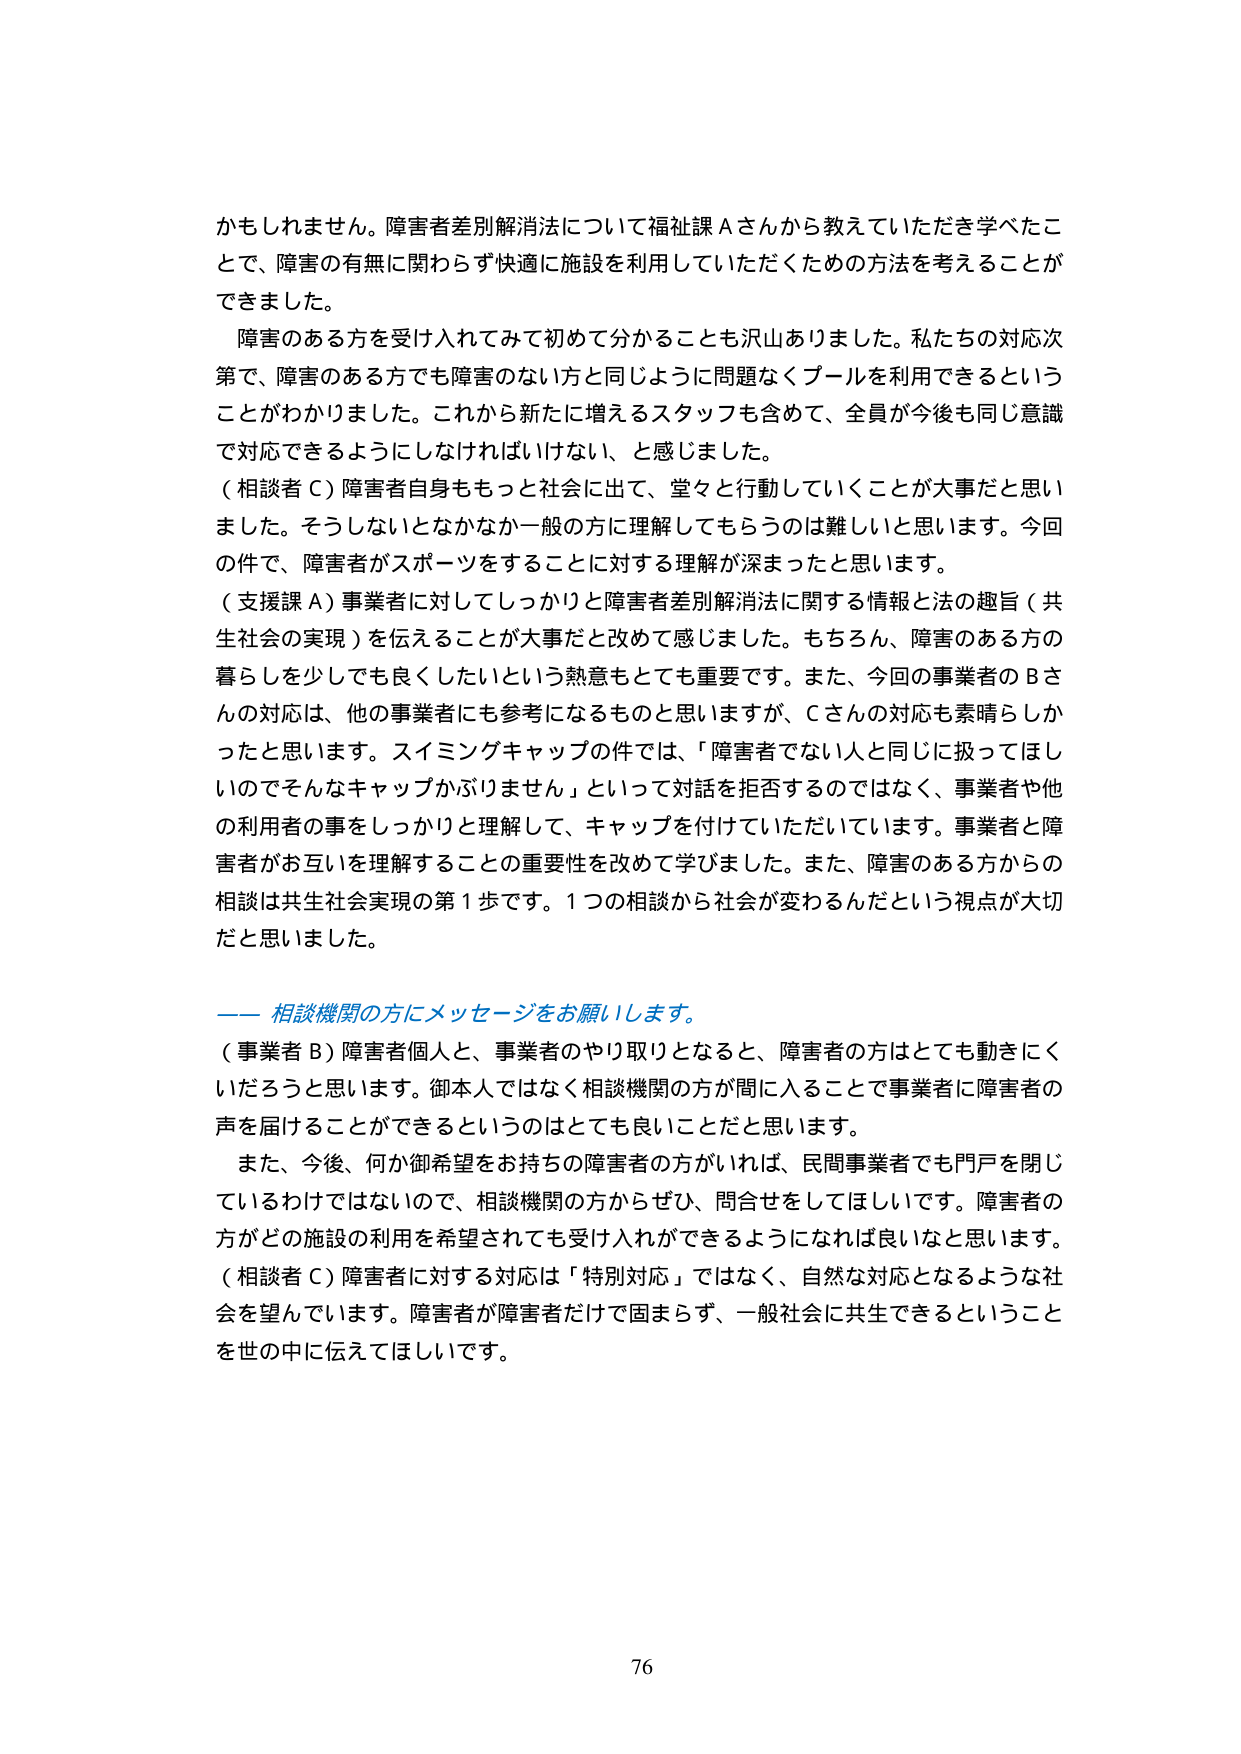
かもしれません。障害者差別解消法について福祉課Ａさんから教えていただき学べたことで、障害の有無に関わらず快適に施設を利用していただくための方法を考えることができました。

障害のある方を受け入れてみて初めて分かることも沢山ありました。私たちの対応次第で、障害のある方でも障害のない方と同じように問題なくプールを利用できるということがわかりました。これから新たに増えるスタッフも含めて、全員が今後も同じ意識で対応できるようにしなければいけない、と感じました。

（相談者Ｃ）障害者自身ももっと社会に出て、堂々と行動していくことが大事だと思いました。そうしないとなかなか一般の方に理解してもらうのは難しいと思います。今回の件で、障害者がスポーツをすることに対する理解が深まったと思います。

（支援課Ａ）事業者に対してしっかりと障害者差別解消法に関する情報と法の趣旨（共生社会の実現）を伝えることが大事だと改めて感じました。もちろん、障害のある方の暮らしを少しでも良くしたいという熱意もとても重要です。また、今回の事業者のＢさんの対応は、他の事業者にも参考になるものと思いますが、Ｃさんの対応も素晴らしいかっただと思います。スイミングキャップの件では、「障害者でない人と同じに扱ってほしいのでそんなキャップかぶりません」といって対話を拒否するのではなく、事業者や他の利用者の事をしっかりと理解して、キャップを付けていただいています。事業者と障害者がお互いを理解することの重要性を改めて学びました。また、障害のある方からの相談は共生社会実現の第１歩です。１つの相談から社会が変わるんだという視点が大切だと思いました。

―― 相談機関の方にメッセージをお願いします。

（事業者Ｂ）障害者個人と、事業者のやり取りとなると、障害者の方はとても動きにくいだろうと思います。御本人ではなく相談機関の方が間に入ることで事業者に障害者の声を届けることができるというのはとても良いことだと思います。

また、今後、何か御希望をお持ちの障害者の方がいれば、民間事業者でも門戸を閉じているわけではないので、相談機関の方からぜひ、問合せをしてほしいです。障害者の方がどの施設の利用を希望されても受け入れができるようになれば良いなと思います。

（相談者Ｃ）障害者に対する対応は「特別対応」ではなく、自然な対応となるような社会を望んでいます。障害者が障害者だけで固まらず、一般社会に共生できるということを世の中に伝えてほしいです。

76